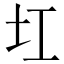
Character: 𡉎